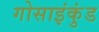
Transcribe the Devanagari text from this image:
गोसाइंकुंड